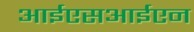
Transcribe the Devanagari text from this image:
आईएसआईएन